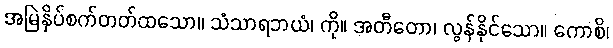
အမြဲနှိပ်စက်တတ်ထသော။ သံသာရဘယံ၊ ကို။ အတီတော၊ လွန်နိုင်သော။ ကောစိ၊